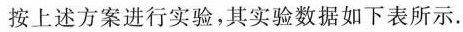
按上述方案进行实验，其实验数据如下表所示.